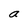
Character: a